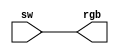
// This program was cloned from: https://github.com/FPGADude/Digital-Design
// License: GNU General Public License v3.0

`timescale 1ns / 1ps

// Having fun with BASYS 3 FPGA board
// Control RGB led using 3 switches
// David J Marion

module RGB_controller(
    input [2:0] sw,
    output [2:0] rgb    //rgb[0] = red
    );                  //rgb[1] = green
                        //rgb[2] = blue
assign rgb = sw;
    
endmodule